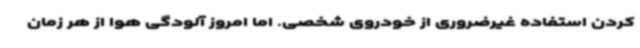
کردن استفاده غیرضروری از خودروی شخصی. اما امروز آلودگی هوا از هر زمان